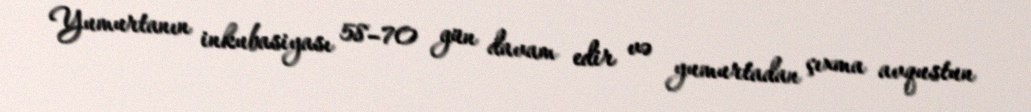
Yumurtanın inkubasiyası 58–70 gün davam edir və yumurtadan çıxma avqustun